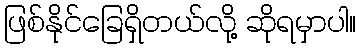
ဖြစ်နိုင်ခြေရှိတယ်လို့ ဆိုရမှာပါ။